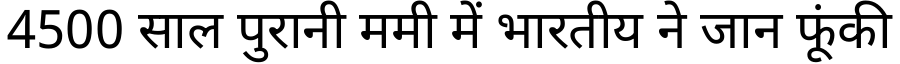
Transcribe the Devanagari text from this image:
4500 साल पुरानी ममी में भारतीय ने जान फूंकी